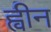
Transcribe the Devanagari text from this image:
ह्वीन